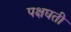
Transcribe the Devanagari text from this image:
पक्षघती